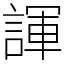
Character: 諢